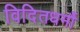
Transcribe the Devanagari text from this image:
विदितधर्मौ